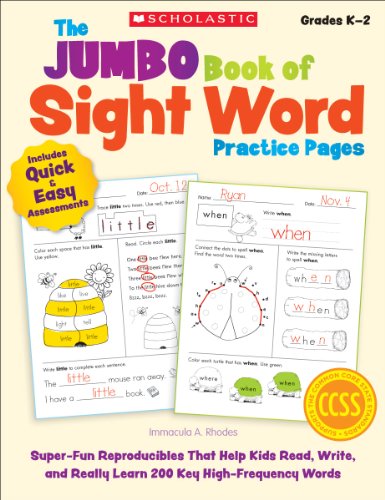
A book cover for The The Jumbo Book of Sight Word Practice Pages: Super-Fun Reproducibles That Help Kids Read, Write, and Really Learn 200 Key High-Frequency Words (Learning Express); Rhodes Immacula; Test Preparation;